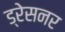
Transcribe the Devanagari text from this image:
ड्रेसनर